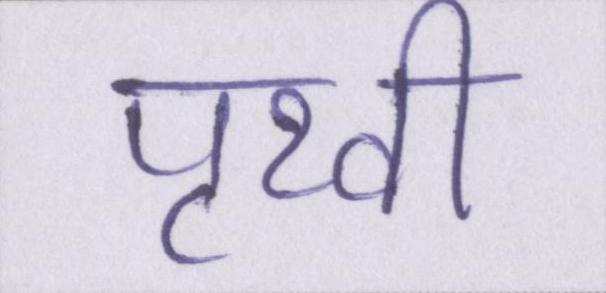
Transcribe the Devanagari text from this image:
पृथ्वी